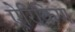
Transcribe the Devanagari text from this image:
ऐरिकिण